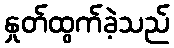
နှုတ်ထွက်ခဲ့သည်